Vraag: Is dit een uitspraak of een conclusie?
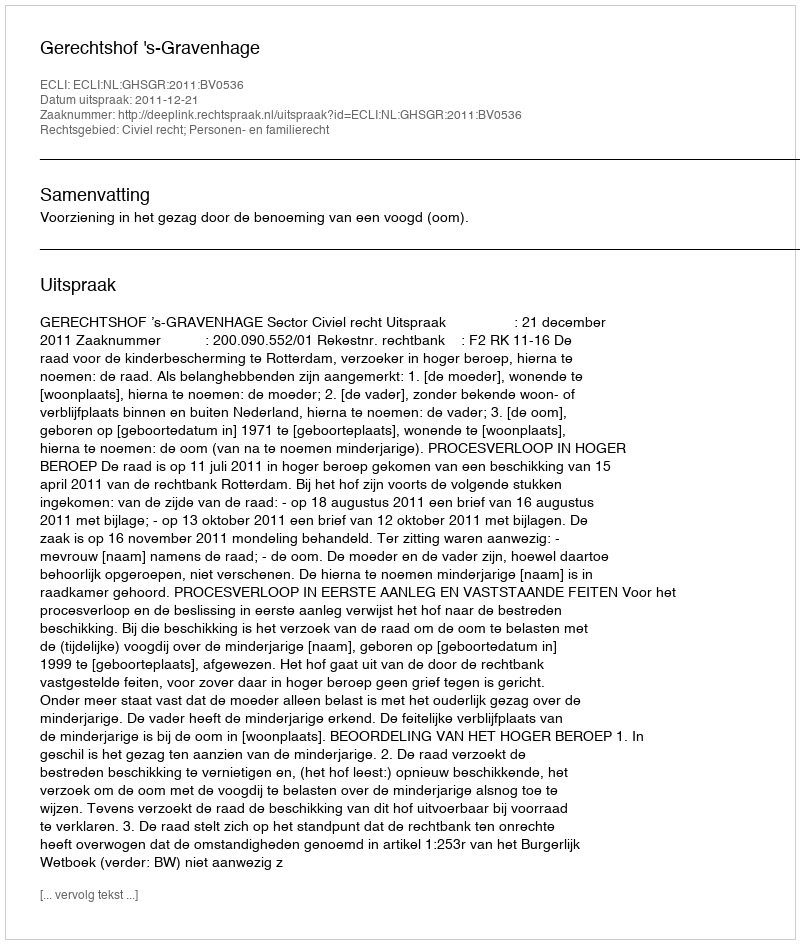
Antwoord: Uitspraak